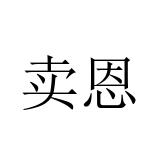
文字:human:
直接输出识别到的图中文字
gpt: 卖恩